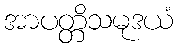
အာပတ္တိသမုဒယံ